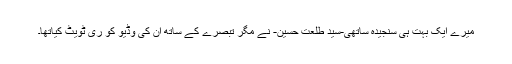
میرے ایک بہت ہی سنجیدہ ساتھی-سید طلعت حسین- نے مگر تبصرے کے ساتھ ان کی وڈیو کو ری ٹویٹ کیاتھا۔